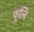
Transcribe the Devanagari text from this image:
फूलि